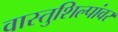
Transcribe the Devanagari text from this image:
वास्तुशिल्पांवर